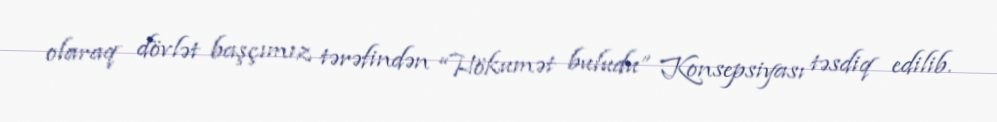
olaraq dövlət başçımız tərəfindən “Hökumət buludu” Konsepsiyası təsdiq edilib.